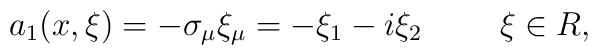
a_{1}(x,\xi)=-\sigma_{\mu}\xi_{\mu}=-\xi_{1}-i\xi_{2}\,\,\,\,\,\,\,\,\,\,\,\,\,\,  \xi\in R,